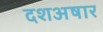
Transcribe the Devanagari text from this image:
दशअषार